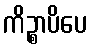
ကိဉ္စာပိပေ